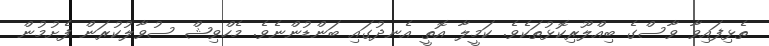
ތެޅިފައިވާ ވާސްގެ ބިއްލޫރިކޮޅުތަކެވެ. ކަމީލާ އޮތީ އެނދުގައި ބަންޑުންނެވެ. މެހްވިޝް ސުވާލުކުރަން ފެށުމުން